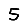
Digit: 5